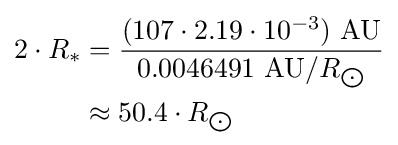
{\begin{aligned}2\cdot R_{*}&={\frac {(107\cdot 2.19\cdot 10^{-3})\ {\text{AU}}}{0.0046491\ {\text{AU}}/R_{\bigodot }}}\\&\approx 50.4\cdot R_{\bigodot }\end{aligned}}